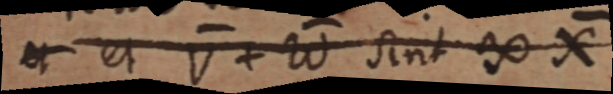
et et V + W sint ∞ X